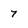
Character: 7